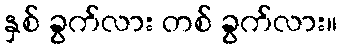
နှစ် ခွက်လား တစ် ခွက်လား။